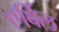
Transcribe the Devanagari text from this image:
एर्बिल